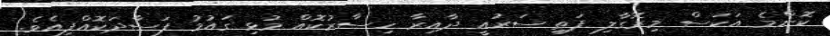
ކޮންމެ އަކަސް މިރޮގާލި ފަތި ސަރުއީ ދާއިރާ ހިސާރުކޮއް މުޅި ގައުމު ފަސާދަކޮއްފިއެވެ.